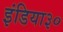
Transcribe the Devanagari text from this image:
इंडिया३०